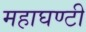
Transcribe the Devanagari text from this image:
महाघण्टी